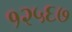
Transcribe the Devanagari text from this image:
१२५६७